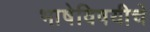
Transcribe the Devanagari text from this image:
भाषेविषयीचे